65_HS1-834228961_62-HQ-83894_Section_9
Agency: FBI
Page 33
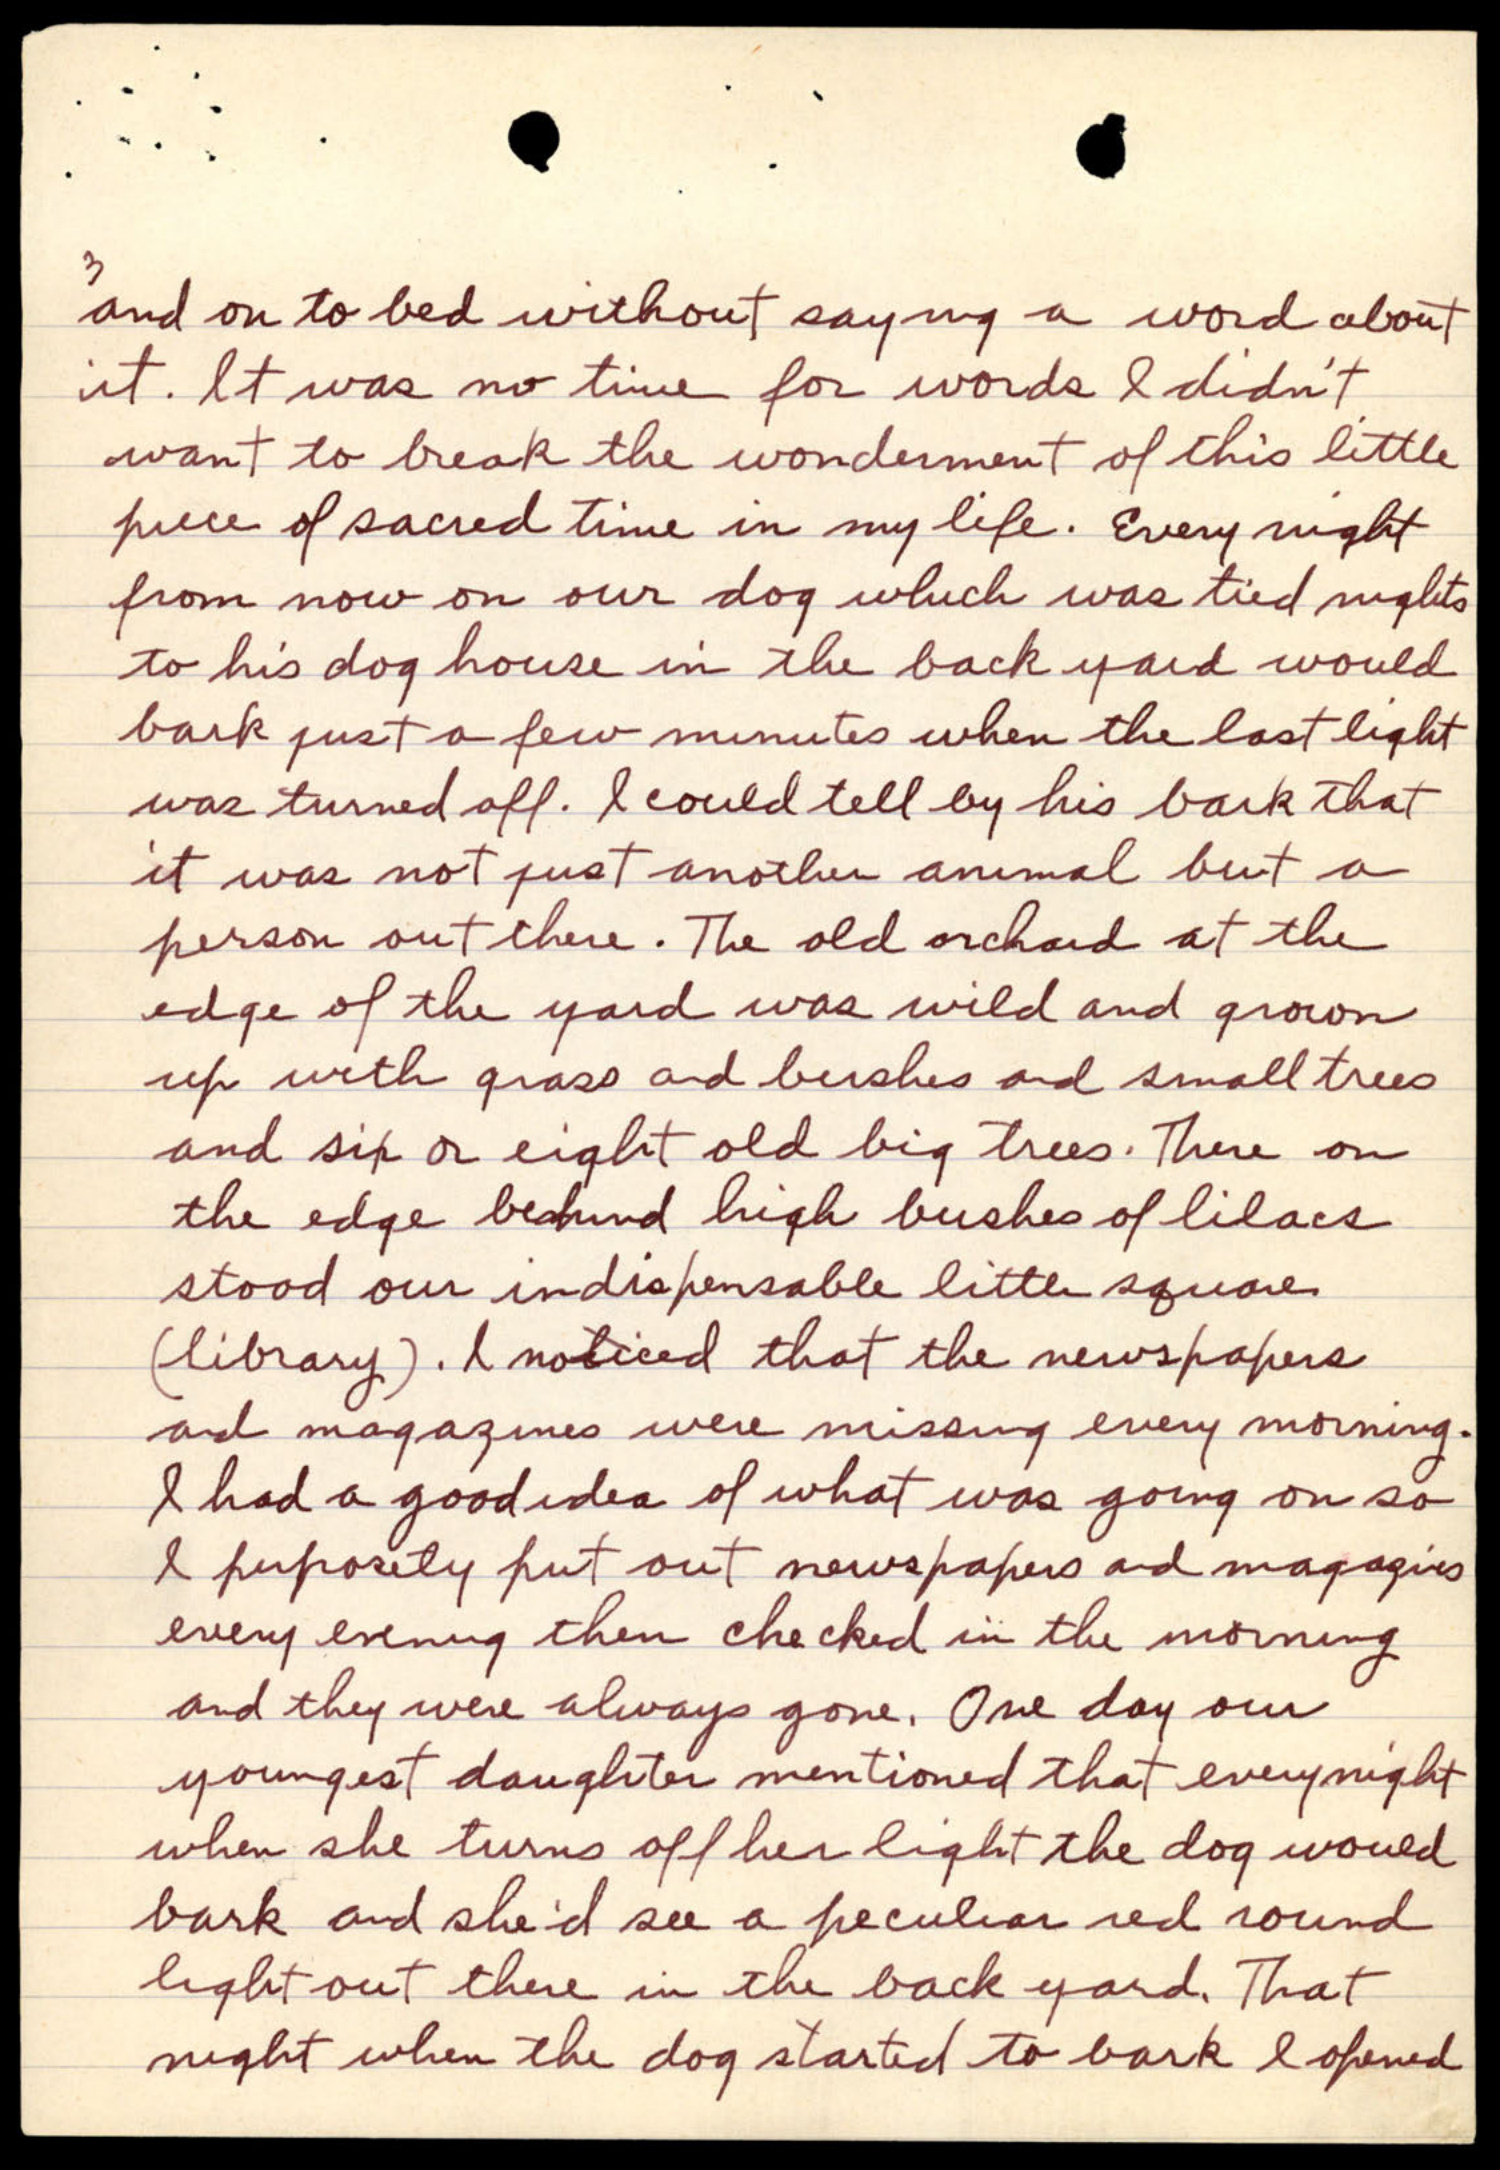